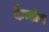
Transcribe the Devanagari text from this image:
कैन्तोस